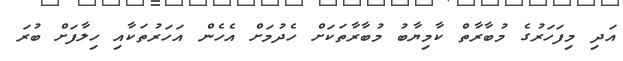
އަދި މިފަހަރުގެ މުބާރާތް ކާމިޔާބު މުބާރާތަކަށް ހެދުމަށް އެހެން އަހަރުތަކާއި ހިލާފަށް ބުރަ